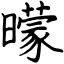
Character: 曚